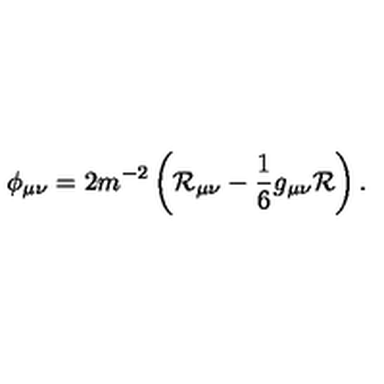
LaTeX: \phi _ { \mu \nu } = 2 m ^ { - 2 } \left( \mathcal { R } _ { \mu \nu } - \frac { 1 } { 6 } g _ { \mu \nu } \mathcal { R } \right) .